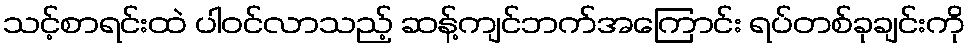
သင့်စာရင်းထဲ ပါဝင်လာသည့် ဆန့်ကျင်ဘက်အကြောင်း ရပ်တစ်ခုချင်းကို